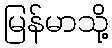
မြန်မာသို့